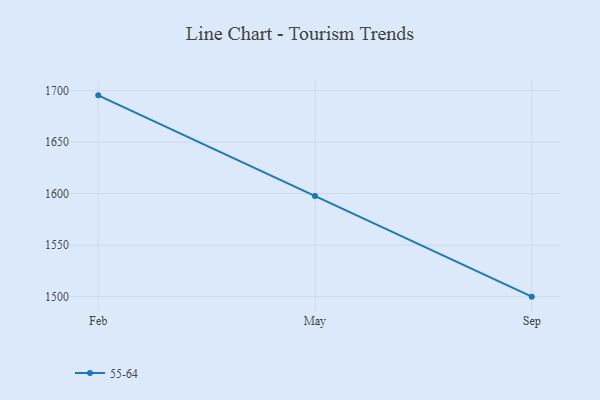
{"axis": {"x": "Month", "y": "Revenue (USD Million)"}, "legend": ["55-64"], "data": [{"x": "Feb", "y": 1695.4, "type": "55-64"}, {"x": "May", "y": 1597.8, "type": "55-64"}, {"x": "Sep", "y": 1500.0, "type": "55-64"}]}